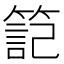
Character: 𥱬